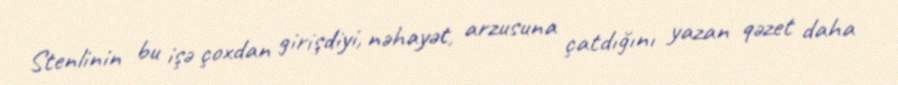
Stenlinin bu işə çoxdan girişdiyi, nəhayət, arzusuna çatdığını yazan qəzet daha